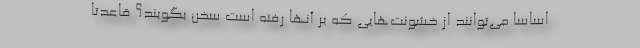
اساسا مي‌توانند از خشونت‌هايي كه بر آنها رفته است سخن بگويند؟ قاعدتا